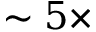
\sim 5 \times